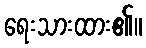
ရေးသားထား၏။